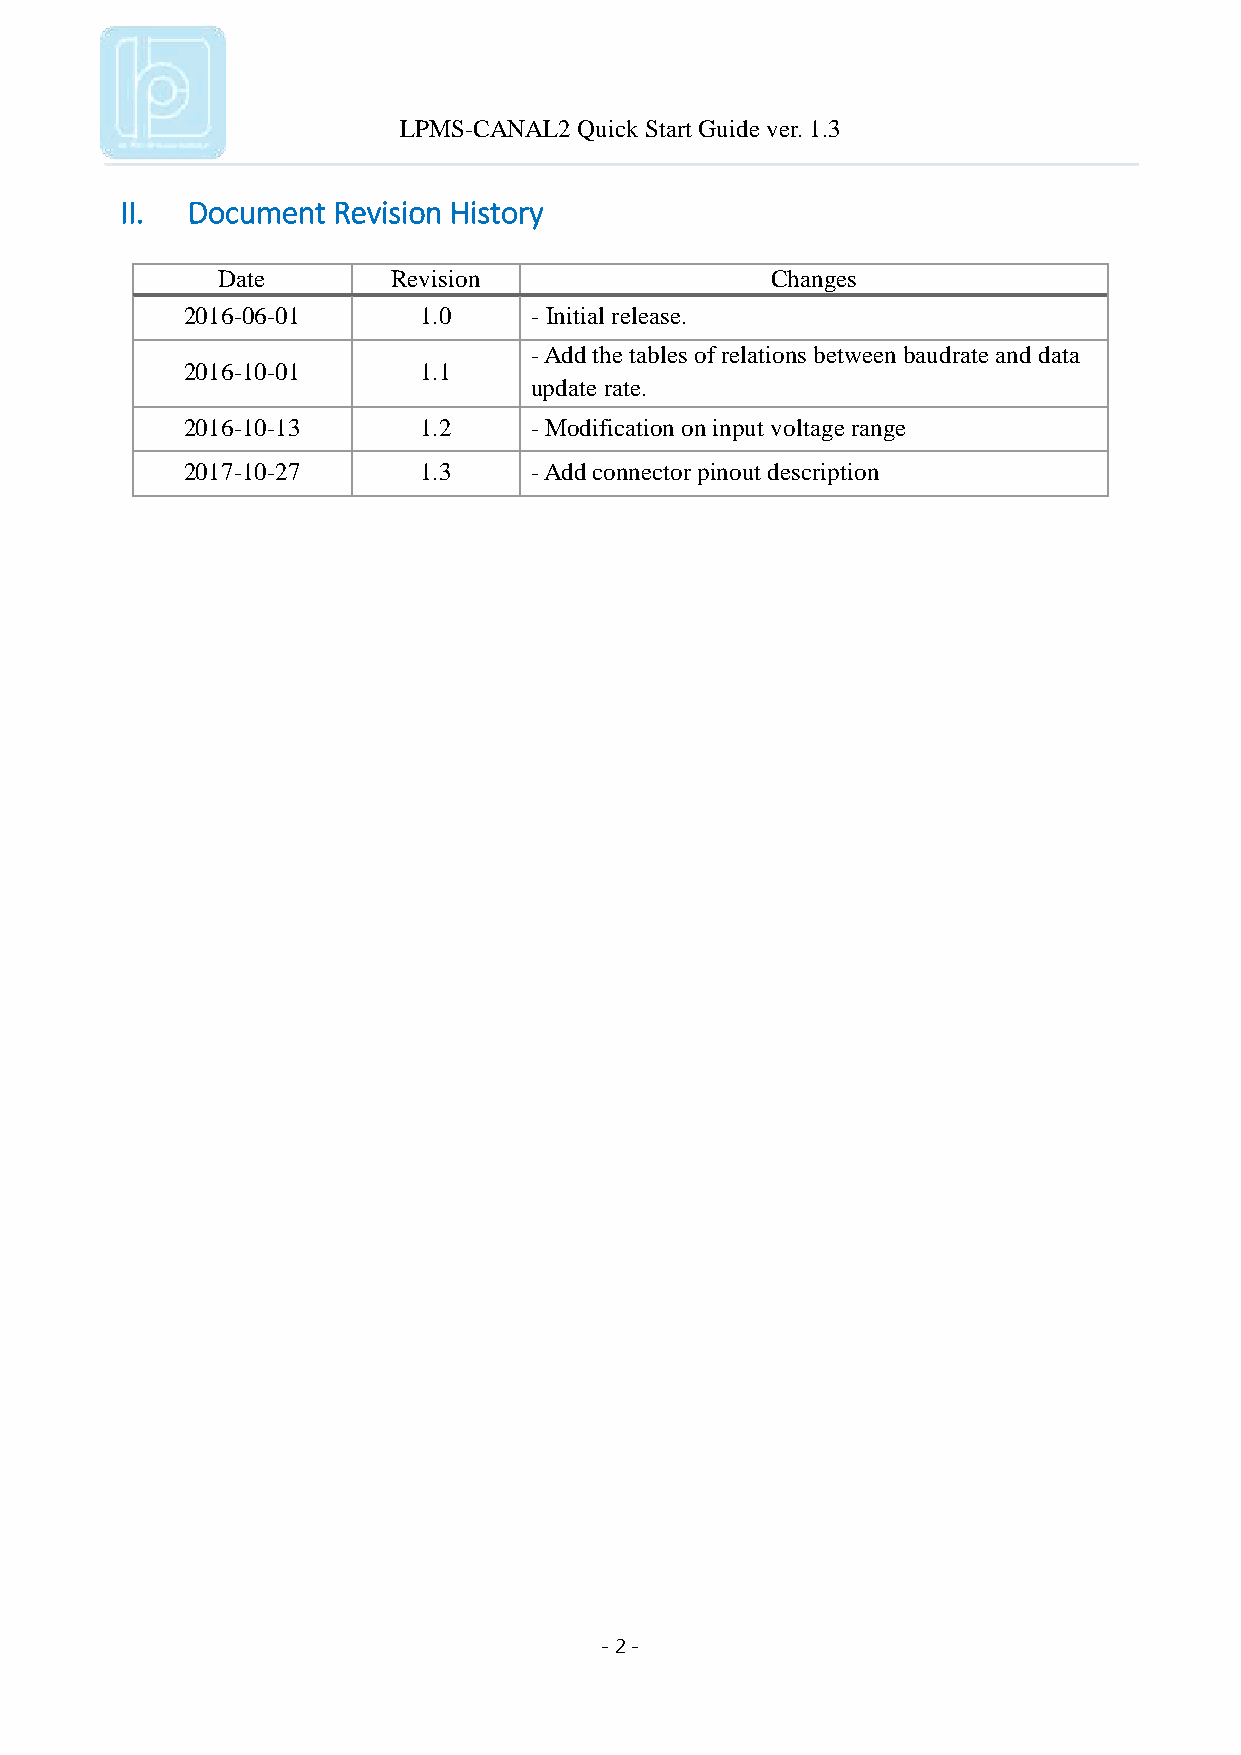
LPMS-CANAL2 Quick Start Guide ver. 1.3
 II. Document  Revision History
 Date        Revision                 Changes
 2016-06-01      1.0    - Initial release.
 - Add the tables of relations between baudrate and data
 2016-10-01      1.1
 update rate.
 2016-10-13      1.2    - Modification on input voltage range
 2017-10-27      1.3    - Add connector pinout description
 - 2 -